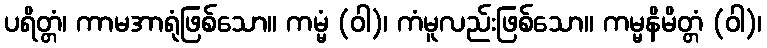
ပရိတ္တံ၊ ကာမအာရုံဖြစ်သော။ ကမ္မံ (ဝါ)၊ ကံမူလည်းဖြစ်သော။ ကမ္မနိမိတ္တံ (ဝါ)၊